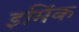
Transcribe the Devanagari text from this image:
इमिंक